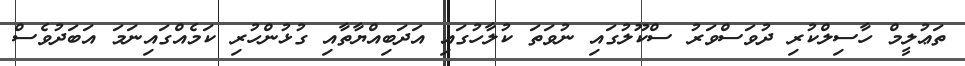
ތަޢުލީމް ހާސިލްކުރި ދުވަސްވަރު ސްކޫލުގައި ނުވަތަ ކުލާހުގައި އަދަބިއްޔާތާއި ގުޅުންހުރި ކަމެއްގައިނަމަ އަބަދުވެސް